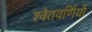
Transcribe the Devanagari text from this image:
श्वेतवर्णियों